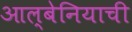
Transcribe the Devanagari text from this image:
आल्बेनियाची